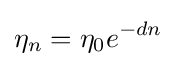
\eta _{n}=\eta _{0}e^{-dn}